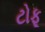
ટોફૂ